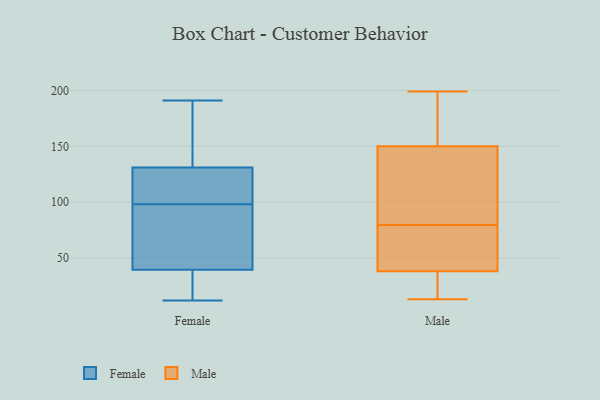
{"axis": {"x": "Production Output", "y": "Value"}, "legend": ["Female", "Male"], "data": [{"x": "", "y": 102, "type": "Female"}, {"x": "", "y": 36, "type": "Female"}, {"x": "", "y": 191, "type": "Female"}, {"x": "", "y": 114, "type": "Female"}, {"x": "", "y": 60, "type": "Female"}, {"x": "", "y": 164, "type": "Female"}, {"x": "", "y": 31, "type": "Female"}, {"x": "", "y": 12, "type": "Female"}, {"x": "", "y": 96, "type": "Female"}, {"x": "", "y": 190, "type": "Female"}, {"x": "", "y": 43, "type": "Female"}, {"x": "", "y": 75, "type": "Female"}, {"x": "", "y": 118, "type": "Female"}, {"x": "", "y": 144, "type": "Female"}, {"x": "", "y": 100, "type": "Female"}, {"x": "", "y": 34, "type": "Female"}, {"x": "", "y": 115, "type": "Male"}, {"x": "", "y": 154, "type": "Male"}, {"x": "", "y": 72, "type": "Male"}, {"x": "", "y": 66, "type": "Male"}, {"x": "", "y": 19, "type": "Male"}, {"x": "", "y": 51, "type": "Male"}, {"x": "", "y": 38, "type": "Male"}, {"x": "", "y": 125, "type": "Male"}, {"x": "", "y": 199, "type": "Male"}, {"x": "", "y": 87, "type": "Male"}, {"x": "", "y": 184, "type": "Male"}, {"x": "", "y": 165, "type": "Male"}, {"x": "", "y": 150, "type": "Male"}, {"x": "", "y": 66, "type": "Male"}, {"x": "", "y": 119, "type": "Male"}, {"x": "", "y": 28, "type": "Male"}, {"x": "", "y": 13, "type": "Male"}, {"x": "", "y": 22, "type": "Male"}]}